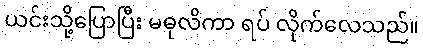
ယင်းသို့ပြောပြီး မဓုလိကာ ရပ် လိုက်လေသည်။